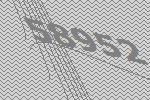
58952